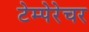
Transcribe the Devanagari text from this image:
टेम्पेरेचर